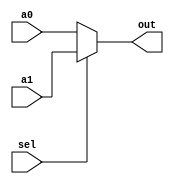
`timescale 1ns / 1ps
////////////////////////////////////////////////////////
// Assignment 6 - CS31001
// A 2x1 mux with 1-bit output
// Team Details - 
// Kushaz Sehgal - 20CS30030
// Jay Kumar Thakur - 20CS30024
////////////////////////////////////////////////////////

module MUX_1b_2_1 (
    input a0, 
    input a1, 
    input sel, 
    output out
);
    
    assign out = (sel) ? a1 : a0;

endmodule